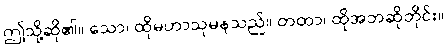
ဤသို့ဆို၏။ သော၊ ထိုမဟာသုမနသည်။ တထာ၊ ထိုအဘဆိုတိုင်း။